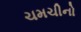
ચમચીનો